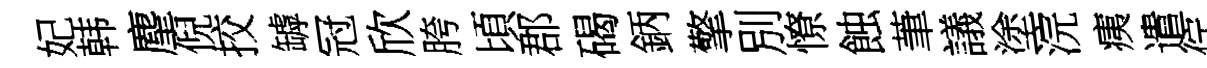
妃韩麈倪挍罅冠欣胯頃郡碣鈵擎別憭蝕茟議塗浣痍遣佇